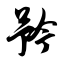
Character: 矜